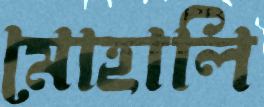
মোহালি